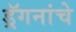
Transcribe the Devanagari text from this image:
ड्रॅगनांचे